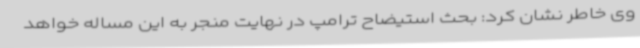
وی خاطر نشان کرد: بحث استیضاح ترامپ در نهایت منجر به این مساله خواهد